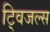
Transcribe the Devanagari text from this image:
ट्विजल्स